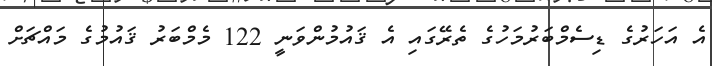
އެ އަހަރުގެ ޑިސެމްބަރުމަހުގެ ތެރޭގައި އެ ޤައުމުންވަނީ 122 މެމްބަރު ޤައުމުގެ މައްޗަށް